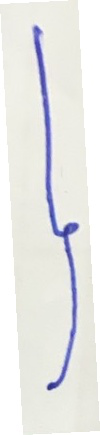
}